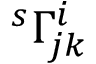
^ { s } \Gamma _ { j k } ^ { i }